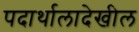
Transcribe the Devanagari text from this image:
पदार्थालादेखील